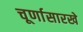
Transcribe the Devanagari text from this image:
चूर्णासारखे